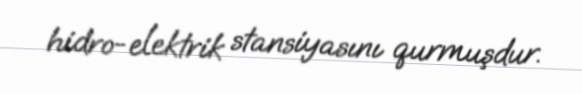
hidro-elektrik stansiyasını qurmuşdur.